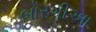
બોરગીઆ